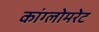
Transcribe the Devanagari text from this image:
कांग्लोमरेट